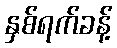
နှစ်ရက်ခန့်